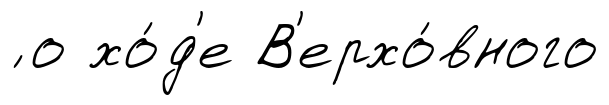
́ о хо́д'е В'ерхо́вного